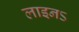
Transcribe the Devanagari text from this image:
लाइनऽ